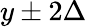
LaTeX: y\pm 2\Delta